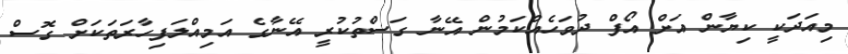
މިއަދަކީ ކިޔާން އަށް އޯފް ދުވަހެއްކަމުން އޭނާ ގަސްތުކުރީ އޭނާގެ އަމިއްލަފިހާރަތަކަށް ގޮސް